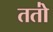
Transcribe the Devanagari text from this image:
ततो॑